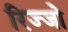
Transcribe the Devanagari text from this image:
रिज्‍जो